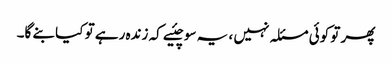
پھر تو کوئی مسئلہ نہیں ، یہ سوچئیے کہ زندہ رہے تو کیا بنے گا۔